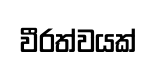
වීරත්වයක්